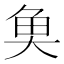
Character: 𩵋